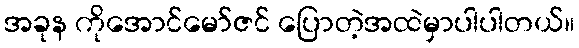
အခုန ကိုအောင်မော်ဇင် ပြောတဲ့အထဲမှာပါပါတယ်။